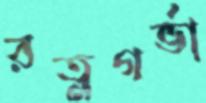
রত্নগর্ভা